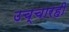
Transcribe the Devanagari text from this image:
उच्चारही